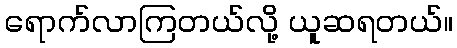
ရောက်လာကြတယ်လို့ ယူဆရတယ်။